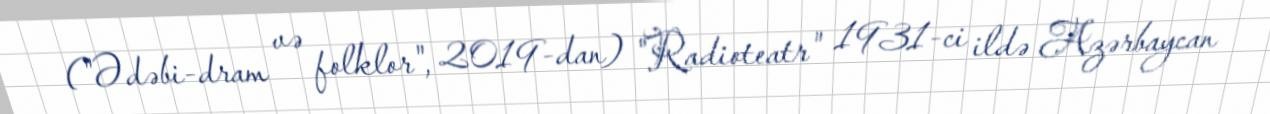
("Ədəbi-dram və folklor", 2019-dan) "Radioteatr" 1931-ci ildə Azərbaycan